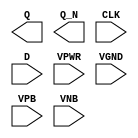
module sky130_fd_sc_hvl__dfxbp (
    Q   ,
    Q_N ,
    CLK ,
    D   ,
    VPWR,
    VGND,
    VPB ,
    VNB
);

    output Q   ;
    output Q_N ;
    input  CLK ;
    input  D   ;
    input  VPWR;
    input  VGND;
    input  VPB ;
    input  VNB ;
endmodule